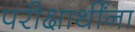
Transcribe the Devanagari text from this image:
परीक्षार्थींना